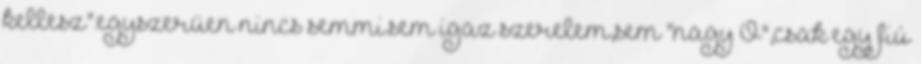
kellesz".egyszerüen nincs semmi.sem igaz szerelem,sem "nagy Ö",csak egy fiú